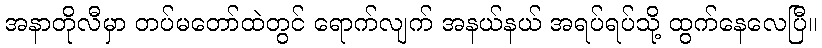
အနာတိုလီမှာ တပ်မတော်ထဲတွင် ရောက်လျက် အနယ်နယ် အရပ်ရပ်သို့ ထွက်နေလေပြီ။